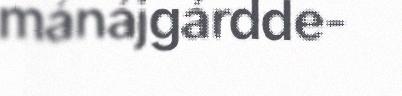
mánájgárdde-